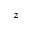
^ { z }